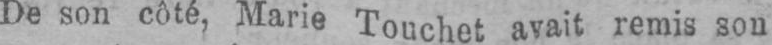
De son côté, Marie Touchet avait remis son